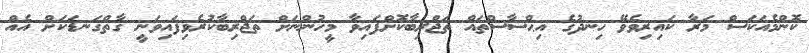
ކޮންމެއަކަސް މަރާ ކައިރިވެވޭ ހިނދުގެ އިޙްސާސްތައް ތަޖްރިބާކޮށްފައިވާ މީހުންނަށް ތަޖްރިބާކުރެވިފައިވަނީ ގާތްގަނޑަކަށް އެއް